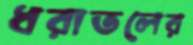
ধরাতলের